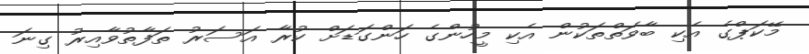
މޭކަޕްގެ އެކި ބާވަތްތަކުން އެކި މީހުންގެ ހަންގަޑަށް ކުރާ އަސަރު ތަފާތުވާއިރު ގިނަ